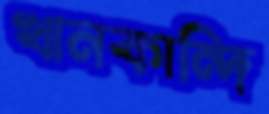
খানকান্দি